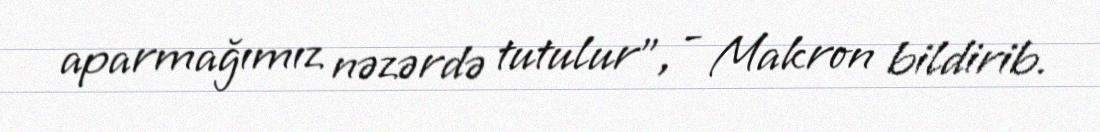
aparmağımız nəzərdə tutulur”, - Makron bildirib.